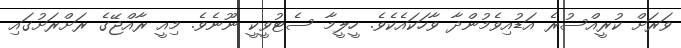
ވަރަށް ކުރީއްސުރެ އަޑުއިވެމުންދާ ވާހަކައެކެވެ. ހީލީމާ ސެޓުވީކީ ނޫނެވެ. މިއީ ރާއްޖޭގެ ރަށްރަށުގައި